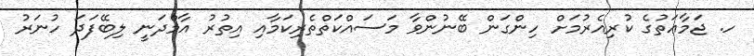
ހ. ޖަމާޢަތުގެ ކުރިއެރުމަށް ހިންގަން ބޭނުންވާ މަސައްކަތްތެރިކަމާއި އިތުރު އާމްދަނީ ލިބޭފަދަ ހުނަރު